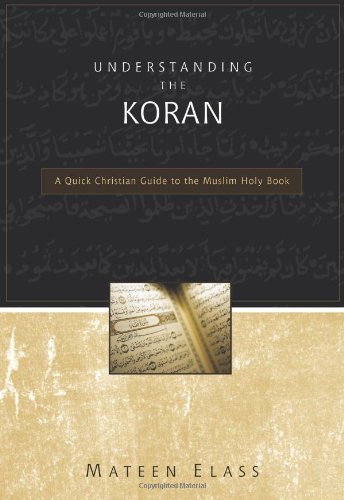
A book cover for Understanding the Koran: A Quick Christian Guide to the Muslim Holy Book; Mateen Elass; Religion & Spirituality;